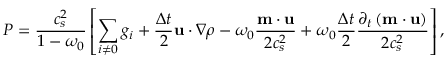
P = \frac { c _ { s } ^ { 2 } } { 1 - \omega _ { 0 } } \left[ \sum _ { i \neq 0 } g _ { i } + \frac { \Delta t } { 2 } \mathbf { u } \cdot \nabla \rho - \omega _ { 0 } \frac { \mathbf { m } \cdot \mathbf { u } } { 2 c _ { s } ^ { 2 } } + \omega _ { 0 } \frac { \Delta t } { 2 } \frac { \partial _ { t } \left( \mathbf { m } \cdot \mathbf { u } \right) } { 2 c _ { s } ^ { 2 } } \right] ,